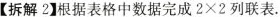
【拆解2】根据表格中数据完成$$2\times2$$列联表。